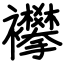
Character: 襻